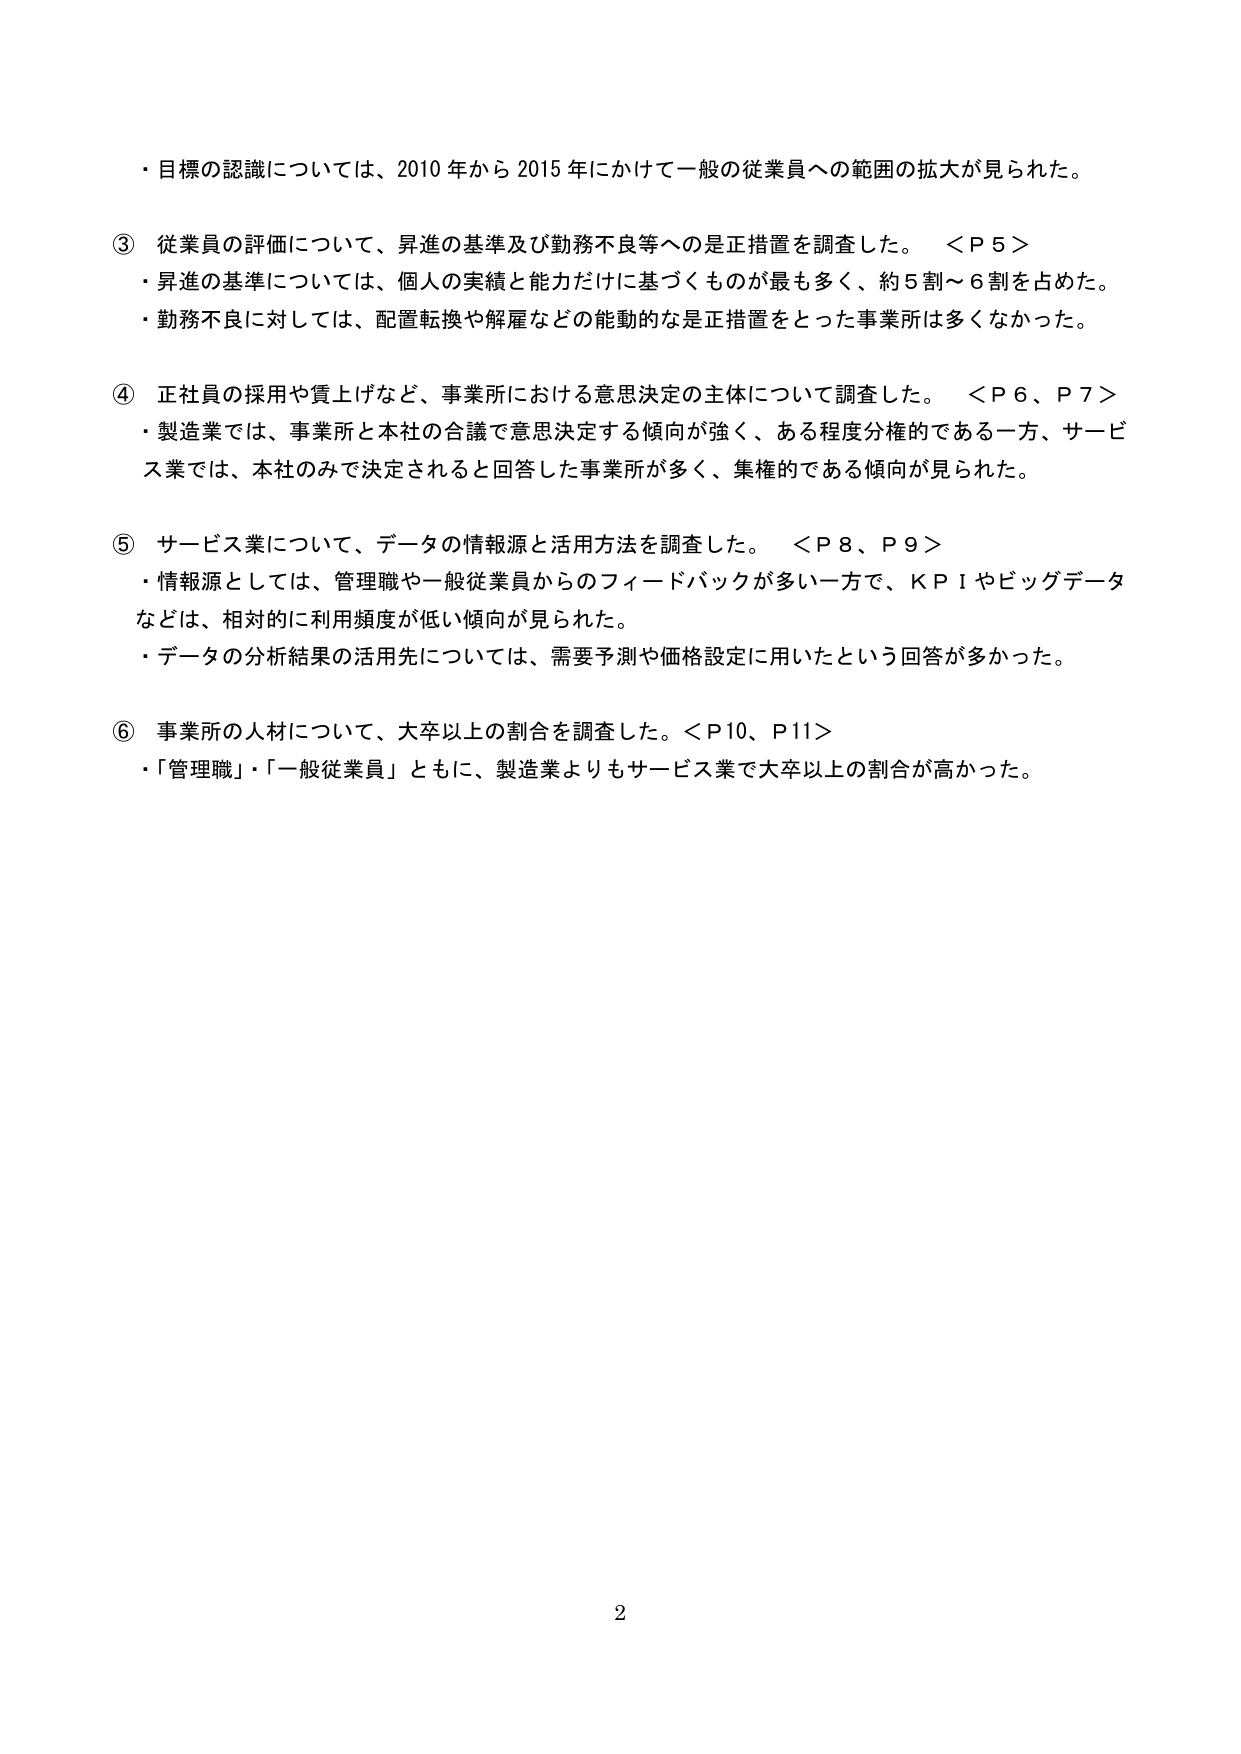
・目標の認識については、2010年から2015年にかけて一般の従業員への範囲の拡大が見られた。

③ 従業員の評価について、昇進の基準及び勤務不良等への是正措置を調査した。 ＜Ｐ５＞
・昇進の基準については、個人の実績と能力だけに基づくものが最も多く、約5割～6割を占めた。
・勤務不良に対しては、配置転換や解雇などの能動的な是正措置をとった事業所は多くなかった。

④ 正社員の採用や賃上げなど、事業所における意思決定の主体について調査した。 ＜Ｐ６、Ｐ７＞
・製造業では、事業所と本社の合議で意思決定する傾向が強く、ある程度分権的である一方、サービス業では、本社のみで決定されると回答した事業所が多く、集権的である傾向が見られた。

⑤ サービス業について、データの情報源と活用方法を調査した。 ＜Ｐ８、Ｐ９＞
・情報源としては、管理職や一般従業員からのフィードバックが多い一方で、ＫＰＩやビッグデータなどは、相対的に利用頻度が低い傾向が見られた。
・データの分析結果の活用先については、需要予測や価格設定に用いたという回答が多かった。

⑥ 事業所の人材について、大卒以上の割合を調査した。＜Ｐ10、Ｐ11＞
・「管理職」・「一般従業員」ともに、製造業よりもサービス業で大卒以上の割合が高かった。

2